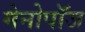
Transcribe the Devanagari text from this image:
मेनोपॉज